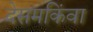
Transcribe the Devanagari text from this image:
देसमकिंवा